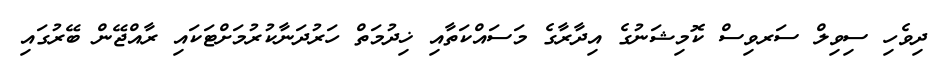
ދިވެހި ސިވިލް ސަރވިސް ކޮމިޝަނުގެ އިދާރާގެ މަސައްކަތާއި ޚިދުމަތް ހަރުދަނާކުރުމަށްޓަކައި ރާއްޖޭން ބޭރުގައި